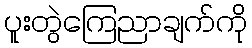
ပူးတွဲကြေညာချက်ကို